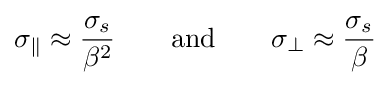
\sigma _{\parallel }\approx {\frac {\sigma _{s}}{\beta ^{2}}}\qquad {\text{and}}\qquad \sigma _{\perp }\approx {\frac {\sigma _{s}}{\beta }}